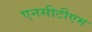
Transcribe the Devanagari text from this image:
एनसीटीएम